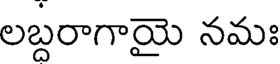
లబ్దరాగాయై నమః